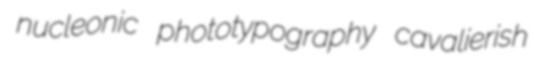
nucleonic phototypography cavalierish